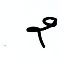
2